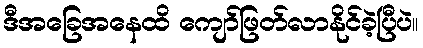
ဒီအခြေအနေထိ ကျော်ဖြတ်လာနိုင်ခဲ့ပြီပဲ။